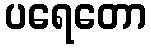
ပရေတော